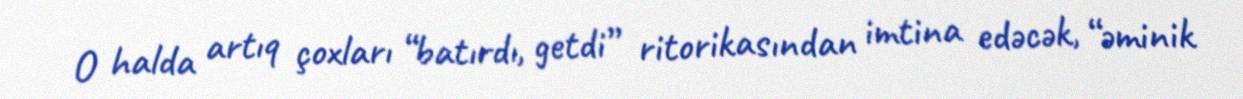
O halda artıq çoxları “batırdı, getdi” ritorikasından imtina edəcək, “əminik